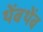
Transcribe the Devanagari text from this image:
थेंबथेंब